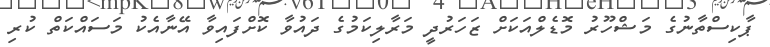
ޕާކިސްތާނުގެ މަޝްހޫރު މޮޑެލްއަކަށް ޒަހަރުދީ މަރާލިކަމުގެ ދައުވާ ކޮށްފައިވާ އޭނާއެކު މަސައްކަތް ކުރި